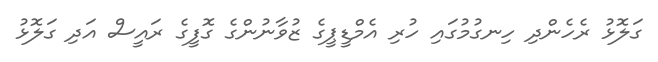
ގަލޮޅު ރެހެންދި ހިނގުމުގައި ހުރި އެމްޑީޕީގެ ޒުވާނުންގެ ގޮފީގެ ރައީސް އަދި ގަލޮޅު